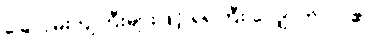
ခြေလှမ်းကျဲကြီးများဖြင့် ရဲရဲကြီး လျှောက်လာ၏။